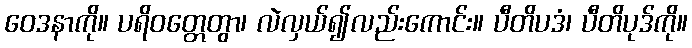
ဝေဒနာကို။ ပရိဝတ္တေတွာ၊ လဲလှယ်၍လည်းကောင်း။ ပီတိပဒံ၊ ပီတိပုဒ်ကို။